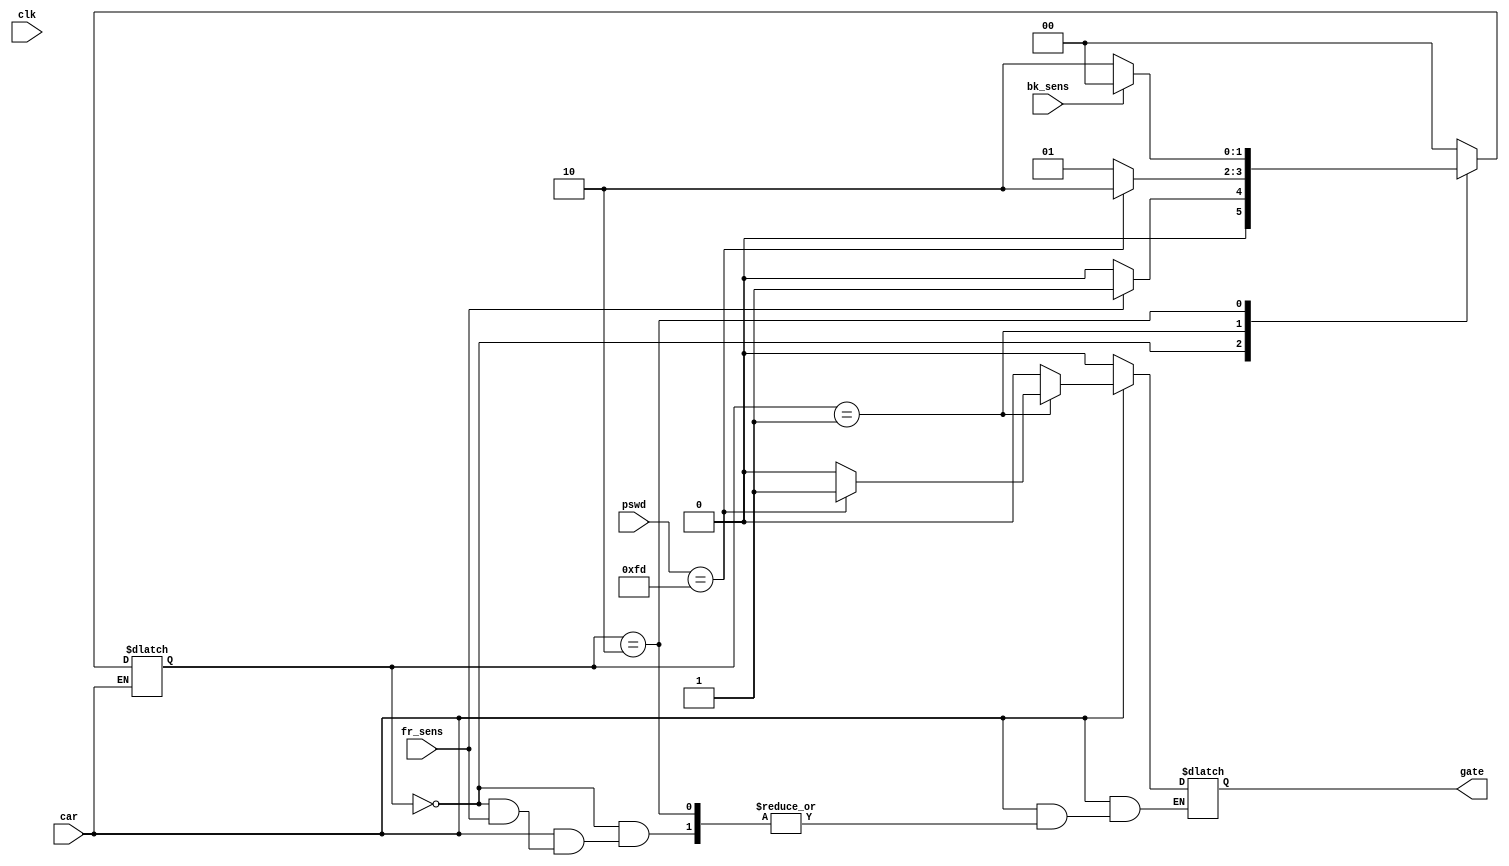
module assign_sm(gate,fr_sens,bk_sens,pswd,clk,car);

input clk;
input car;
input fr_sens,bk_sens;
input [7:0]pswd;
output reg gate;
reg flag;
parameter s0=3'b000, s1=3'b001 , s2=3'b010;
reg [1:0]state;
always@(*)
begin
if(car==1)
begin
	case(state)
	s0: begin
		if(fr_sens==1)
	
		state<= s1;
		else
begin
		gate=0;
		state<=s0;
end 
	    end

	s1: begin
		if( pswd==8'd253)
		begin
		
		gate=1;		
		state<=s2;
		end
		else
		begin
		gate=0;
		state<=s1;
		end	
		end

	s2: begin
		if(bk_sens==1)
		begin
		//gate=1;
		state<=s0;
		end
		else
		begin
		//gate=0;
		state<=s2;
		end
		end

	default: begin gate=0; state<=s0; end
	endcase
end

 else
	begin
	gate=0;
	end
end

endmodule